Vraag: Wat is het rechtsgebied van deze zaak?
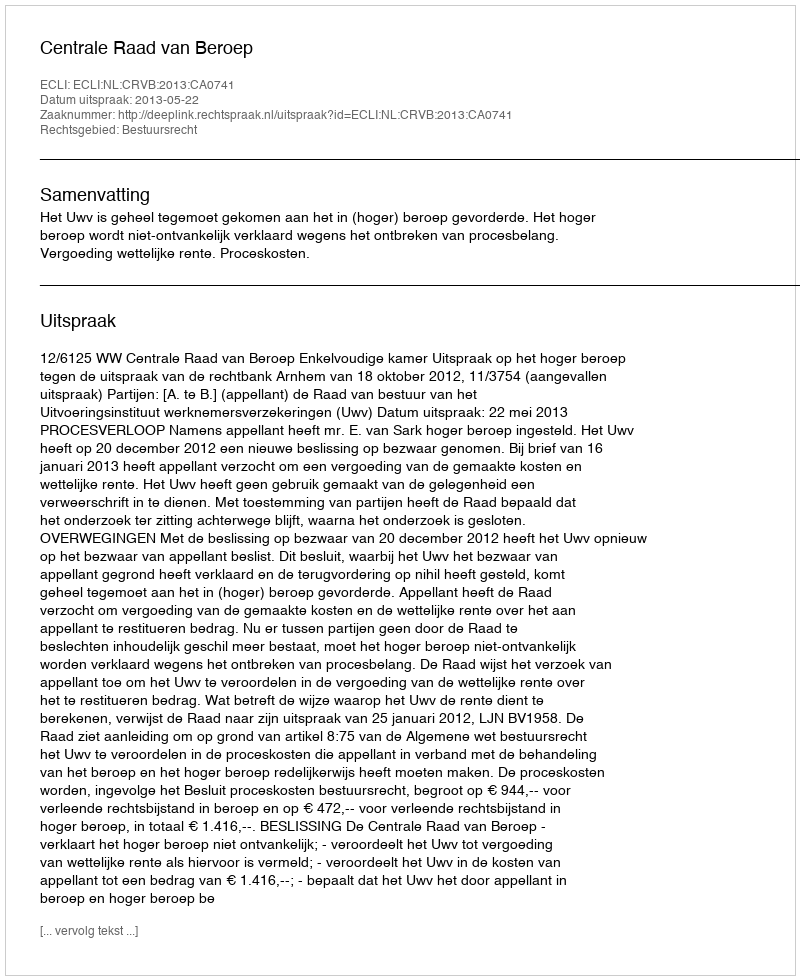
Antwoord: Bestuursrecht